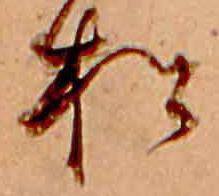
松